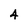
Character: 4